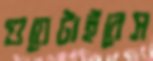
গুয়েটাইরেস